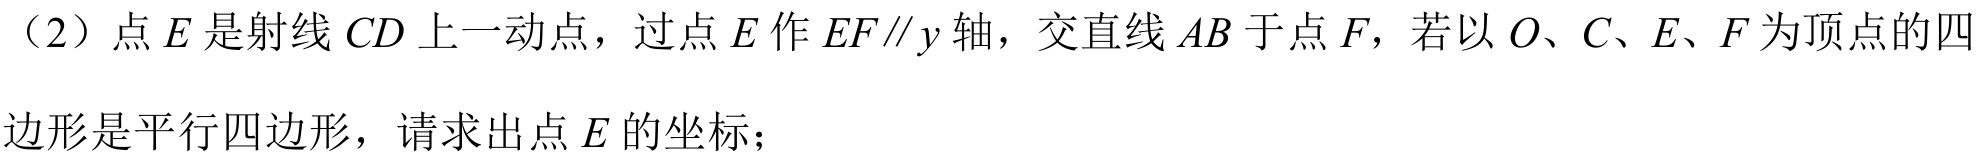
（2）点 \(E\) 是射线 \(CD\) 上一动点，过点 \(E\) 作 \(EF\parallel y\) 轴，交直线 \(AB\) 于点 \(F\)，若以 \(O、C、E、F\) 为顶点的四
边形是平行四边形，请求出点 \(E\) 的坐标；